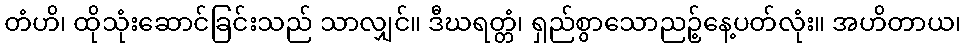
တံဟိ၊ ထိုသုံးဆောင်ခြင်းသည် သာလျှင်။ ဒီဃရတ္တံ၊ ရှည်စွာသောညဉ့်နေ့ပတ်လုံး။ အဟိတာယ၊